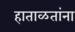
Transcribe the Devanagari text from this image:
हाताळतांना